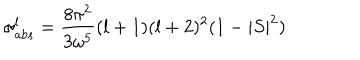
\sigma _ { a b s } ^ { l } = \frac { 8 \pi ^ { 2 } } { 3 { \omega } ^ { 5 } } ( l + 1 ) ( l + 2 ) ^ { 2 } ( 1 - | S | ^ { 2 } )